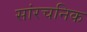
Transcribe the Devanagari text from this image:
सांरचनिक